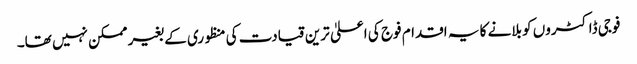
فوجی ڈاکٹروں کو بلانے کا یہ اقدام فوج کی اعلیٰ ترین قیادت کی منظوری کے بغیر ممکن نہیں تھا۔